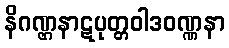
နိဂဏ္ဌနာဋပုတ္တဝါဒဝဏ္ဏနာ